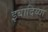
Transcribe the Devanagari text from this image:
इबादिय्या